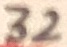
Text: 32